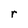
Character: r